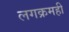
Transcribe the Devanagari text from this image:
लगक्रमही